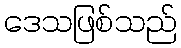
ဒေသဖြစ်သည်